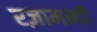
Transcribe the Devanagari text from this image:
रज़ामन्दी